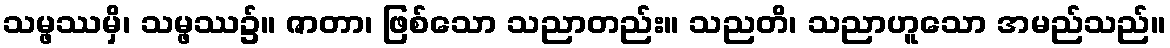
သမ္ဖဿမှိ၊ သမ္ဖဿ၌။ ဇာတာ၊ ဖြစ်သော သညာတည်း။ သညတိ၊ သညာဟူသော အမည်သည်။